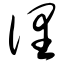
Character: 俚